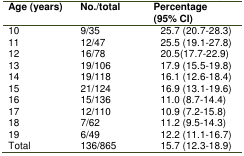
<table><thead><tr><td><b>Age (years)</b></td><td><b>No./total</b></td><td><b>Percentage (95% CI)</b></td></tr></thead><tbody><tr><td>10</td><td>9/35</td><td>25.7 (20.7-28.3)</td></tr><tr><td>11</td><td>12/47</td><td>25.5 (19.1-27.8)</td></tr><tr><td>12</td><td>16/78</td><td>20.5(17.7-22.9)</td></tr><tr><td>13</td><td>19/106</td><td>17.9 (15.5-19.8)</td></tr><tr><td>14</td><td>19/118</td><td>16.1 (12.6-18.4)</td></tr><tr><td>15</td><td>21/124</td><td>16.9 (13.1-19.6)</td></tr><tr><td>16</td><td>15/136</td><td>11.0 (8.7-14.4)</td></tr><tr><td>17</td><td>12/110</td><td>10.9 (7.2-15.8)</td></tr><tr><td>18</td><td>7/62</td><td>11.2 (9.5-14.3)</td></tr><tr><td>19</td><td>6/49</td><td>12.2 (11.1-16.7)</td></tr><tr><td>Total</td><td>136/865</td><td>15.7 (12.3-18.9)</td></tr></tbody></table>